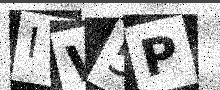
Text: IW5P